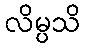
လိမ္ပသိ